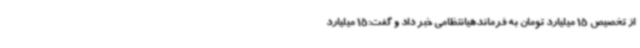
از تخصیص 15 میلیارد تومان به فرماندهیانتظامی خبر داد و گفت:15 میلیارد